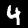
Digit: 4